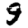
Digit: 9